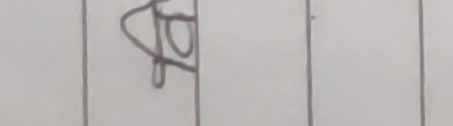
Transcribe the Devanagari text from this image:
ढ